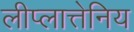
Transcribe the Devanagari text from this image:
लीप्लात्तेनिय